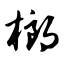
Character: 榔